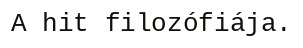
A hit filozófiája.